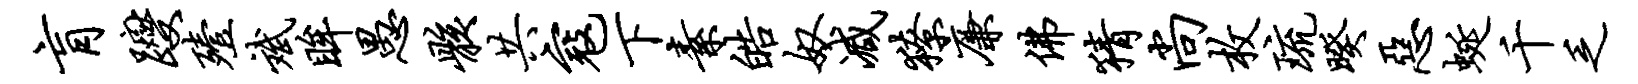
肓躞殪斌眸愚骸共寇下素皓奴减獠廉佛猜尚枚琉暌恶蜒千乏